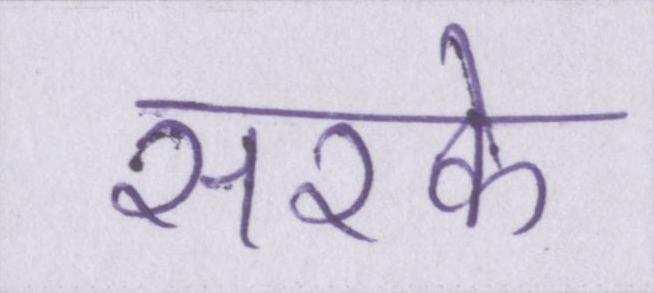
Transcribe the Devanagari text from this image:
सरके